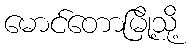
မောင်တောမြို့သို့